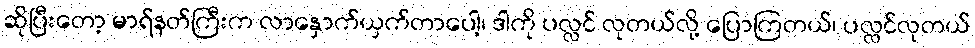
ဆိုပြီးတော့ မာရ်နတ်ကြီးက လာနှောက်ယှက်တာပေါ့၊ ဒါကို ပလ္လင် လုတယ်လို့ ပြောကြတယ်၊ ပလ္လင်လုတယ်